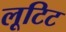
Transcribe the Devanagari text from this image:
लूटिट